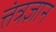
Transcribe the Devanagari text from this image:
त्तंत्रज्ञान